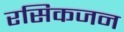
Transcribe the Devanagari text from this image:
रसिकजन